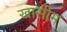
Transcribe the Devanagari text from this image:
खासीम